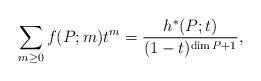
LaTeX: \begin{align*}\sum_{m \ge 0} f(P;m) t^m = \frac{h^*(P;t)}{(1 - t)^{\dim P + 1}},\end{align*}